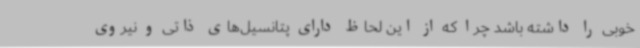
خوبی را داشته باشد چرا که از این لحاظ دارای پتانسیل‌های ذاتی و نیروی